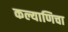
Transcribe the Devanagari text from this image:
कल्याणिचा